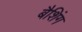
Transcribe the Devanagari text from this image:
बैशिंग